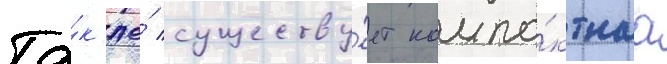
Та́к же́ существу́ет компа́ктнаа